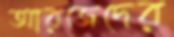
আরজেদের